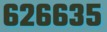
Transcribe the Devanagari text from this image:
६२६६३५